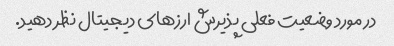
در مورد وضعیت فعلی پذیرش ارزهای دیجیتال نظر دهید.